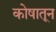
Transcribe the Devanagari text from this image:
कोषातून